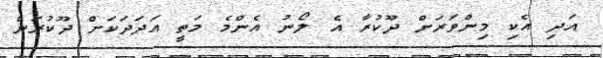
އަދި އެކި މިންވަރަށް ދޫކުރާ އެ ލޯނު އެންމެ މަތީ އަދަދަކަށް ދޫކުރަން